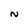
Character: N